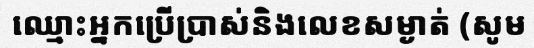
ឈ្មោះអ្នកប្រើប្រាស់និងលេខសម្ងាត់ (សូម